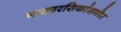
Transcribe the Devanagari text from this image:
नाट्यरसिकांसमोर